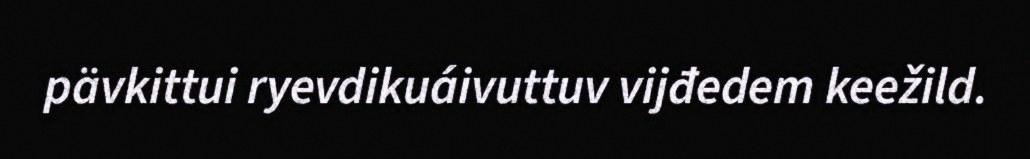
pävkittui ryevdikuáivuttuv vijđedem keežild.